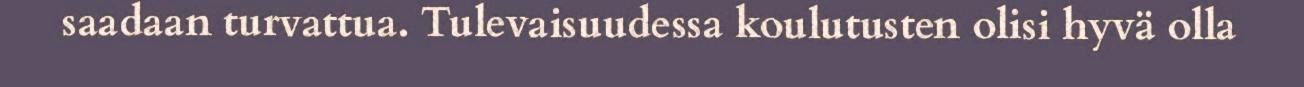
saadaan turvattua. Tulevaisuudessa koulutusten olisi hyvä olla